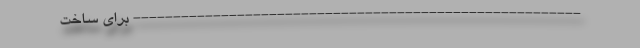
-------------------------------------------------------- برای ساخت